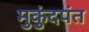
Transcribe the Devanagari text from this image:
मुकुंदपंत